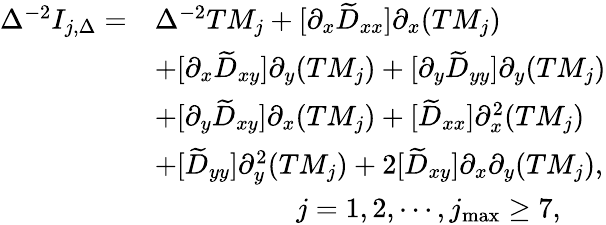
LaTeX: \begin{array}{rl}{\Delta^{-2}I_{j,\Delta}=}&{\Delta^{-2}TM_{j}+[\partial_{x}\widetilde{D}_{xx}]\partial_{x}(TM_{j})}\\ &{+[\partial_{x}\widetilde{D}_{xy}]\partial_{y}(TM_{j})+[\partial_{y}\widetilde{D}_{yy}]\partial_{y}(TM_{j})}\\ &{+[\partial_{y}\widetilde{D}_{xy}]\partial_{x}(TM_{j})+[\widetilde{D}_{xx}]\partial_{x}^{2}(TM_{j})}\\ &{+[\widetilde{D}_{yy}]\partial_{y}^{2}(TM_{j})+2[\widetilde{D}_{xy}]\partial_{x}\partial_{y}(TM_{j}),}\\ &{\quad\quad\quad\quad\quad j=1,2,\cdots,j_{\textrm{max}}\ge 7,}\end{array}